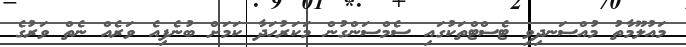
މައުލޫމާތު މުއްސަނދިވި ޓެސްޓްތަކުގައި ސެމްސަންގުން މަކަރުހަދާ ކަމަށް ބުނެފިއެ ވަރެއް ނެތް ވަރުގެ